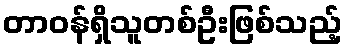
တာဝန်ရှိသူတစ်ဦးဖြစ်သည့်